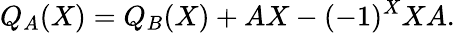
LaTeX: Q_{A}(X)=Q_{B}(X)+AX-(-1)^{X}XA.